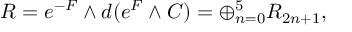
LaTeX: R = e ^ { - { \cal { F } } } \wedge d ( e ^ { \cal { F } } \wedge C ) = \oplus _ { n = 0 } ^ { 5 } R _ { 2 n + 1 } , \qquad